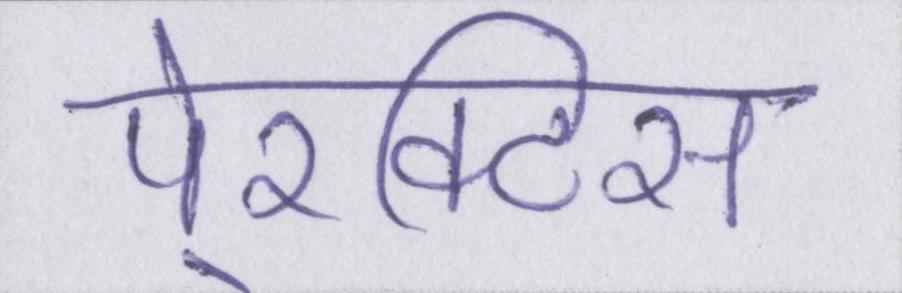
पे्रक्टिस